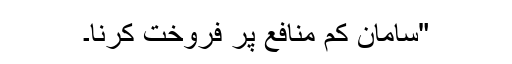
"سامان کم منافع پر فروخت کرنا۔